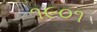
૧૯૦૧